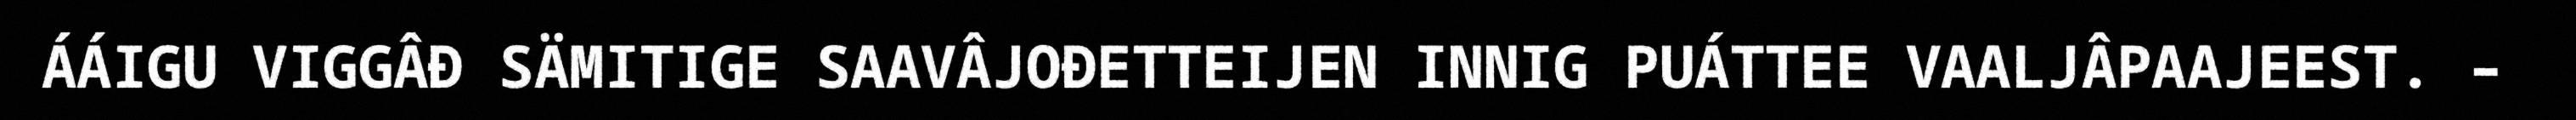
ÁÁIGU VIGGÂĐ SÄMITIGE SAAVÂJOĐETTEIJEN INNIG PUÁTTEE VAALJÂPAAJEEST. –